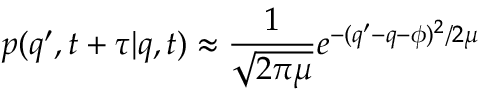
p ( q ^ { \prime } , t + \tau | q , t ) \approx \frac { 1 } { \sqrt { 2 \pi \mu } } e ^ { - ( q ^ { \prime } - q - \phi ) ^ { 2 } / 2 \mu }